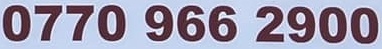
0770 966 2900